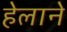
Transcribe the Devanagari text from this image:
हेलाने